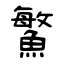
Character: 鰵